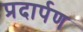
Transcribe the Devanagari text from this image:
प्रदार्पण